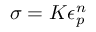
\sigma = K \epsilon _ { p } ^ { n } \,